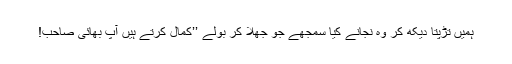
ہمیں تڑپتا دیکھ کر وہ نجانے کیا سمجھے جو جھلا کر بولے ’’کمال کرتے ہیں آپ بھائی صاحب!